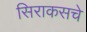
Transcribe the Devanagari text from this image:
सिराकसचे